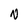
Character: N